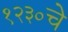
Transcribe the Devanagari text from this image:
१२३०चे